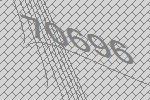
70696